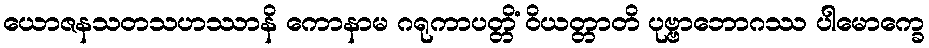
ယောဇနသတသဟဿာနိ ကောနာမ ဂရုကာပတ္တိံ ဝိယတ္တာတိ ပုဗ္ဗာဘောဂဿ ပါမောက္ခေ